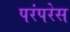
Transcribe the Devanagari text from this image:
परंपरेस